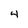
Character: 4